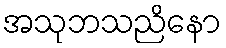
အသုဘသညိနော